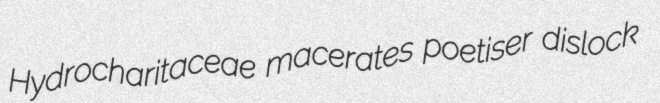
Hydrocharitaceae macerates poetiser dislock